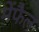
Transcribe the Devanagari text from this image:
मेंफैल